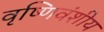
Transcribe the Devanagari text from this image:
वृष्णिवंशीय